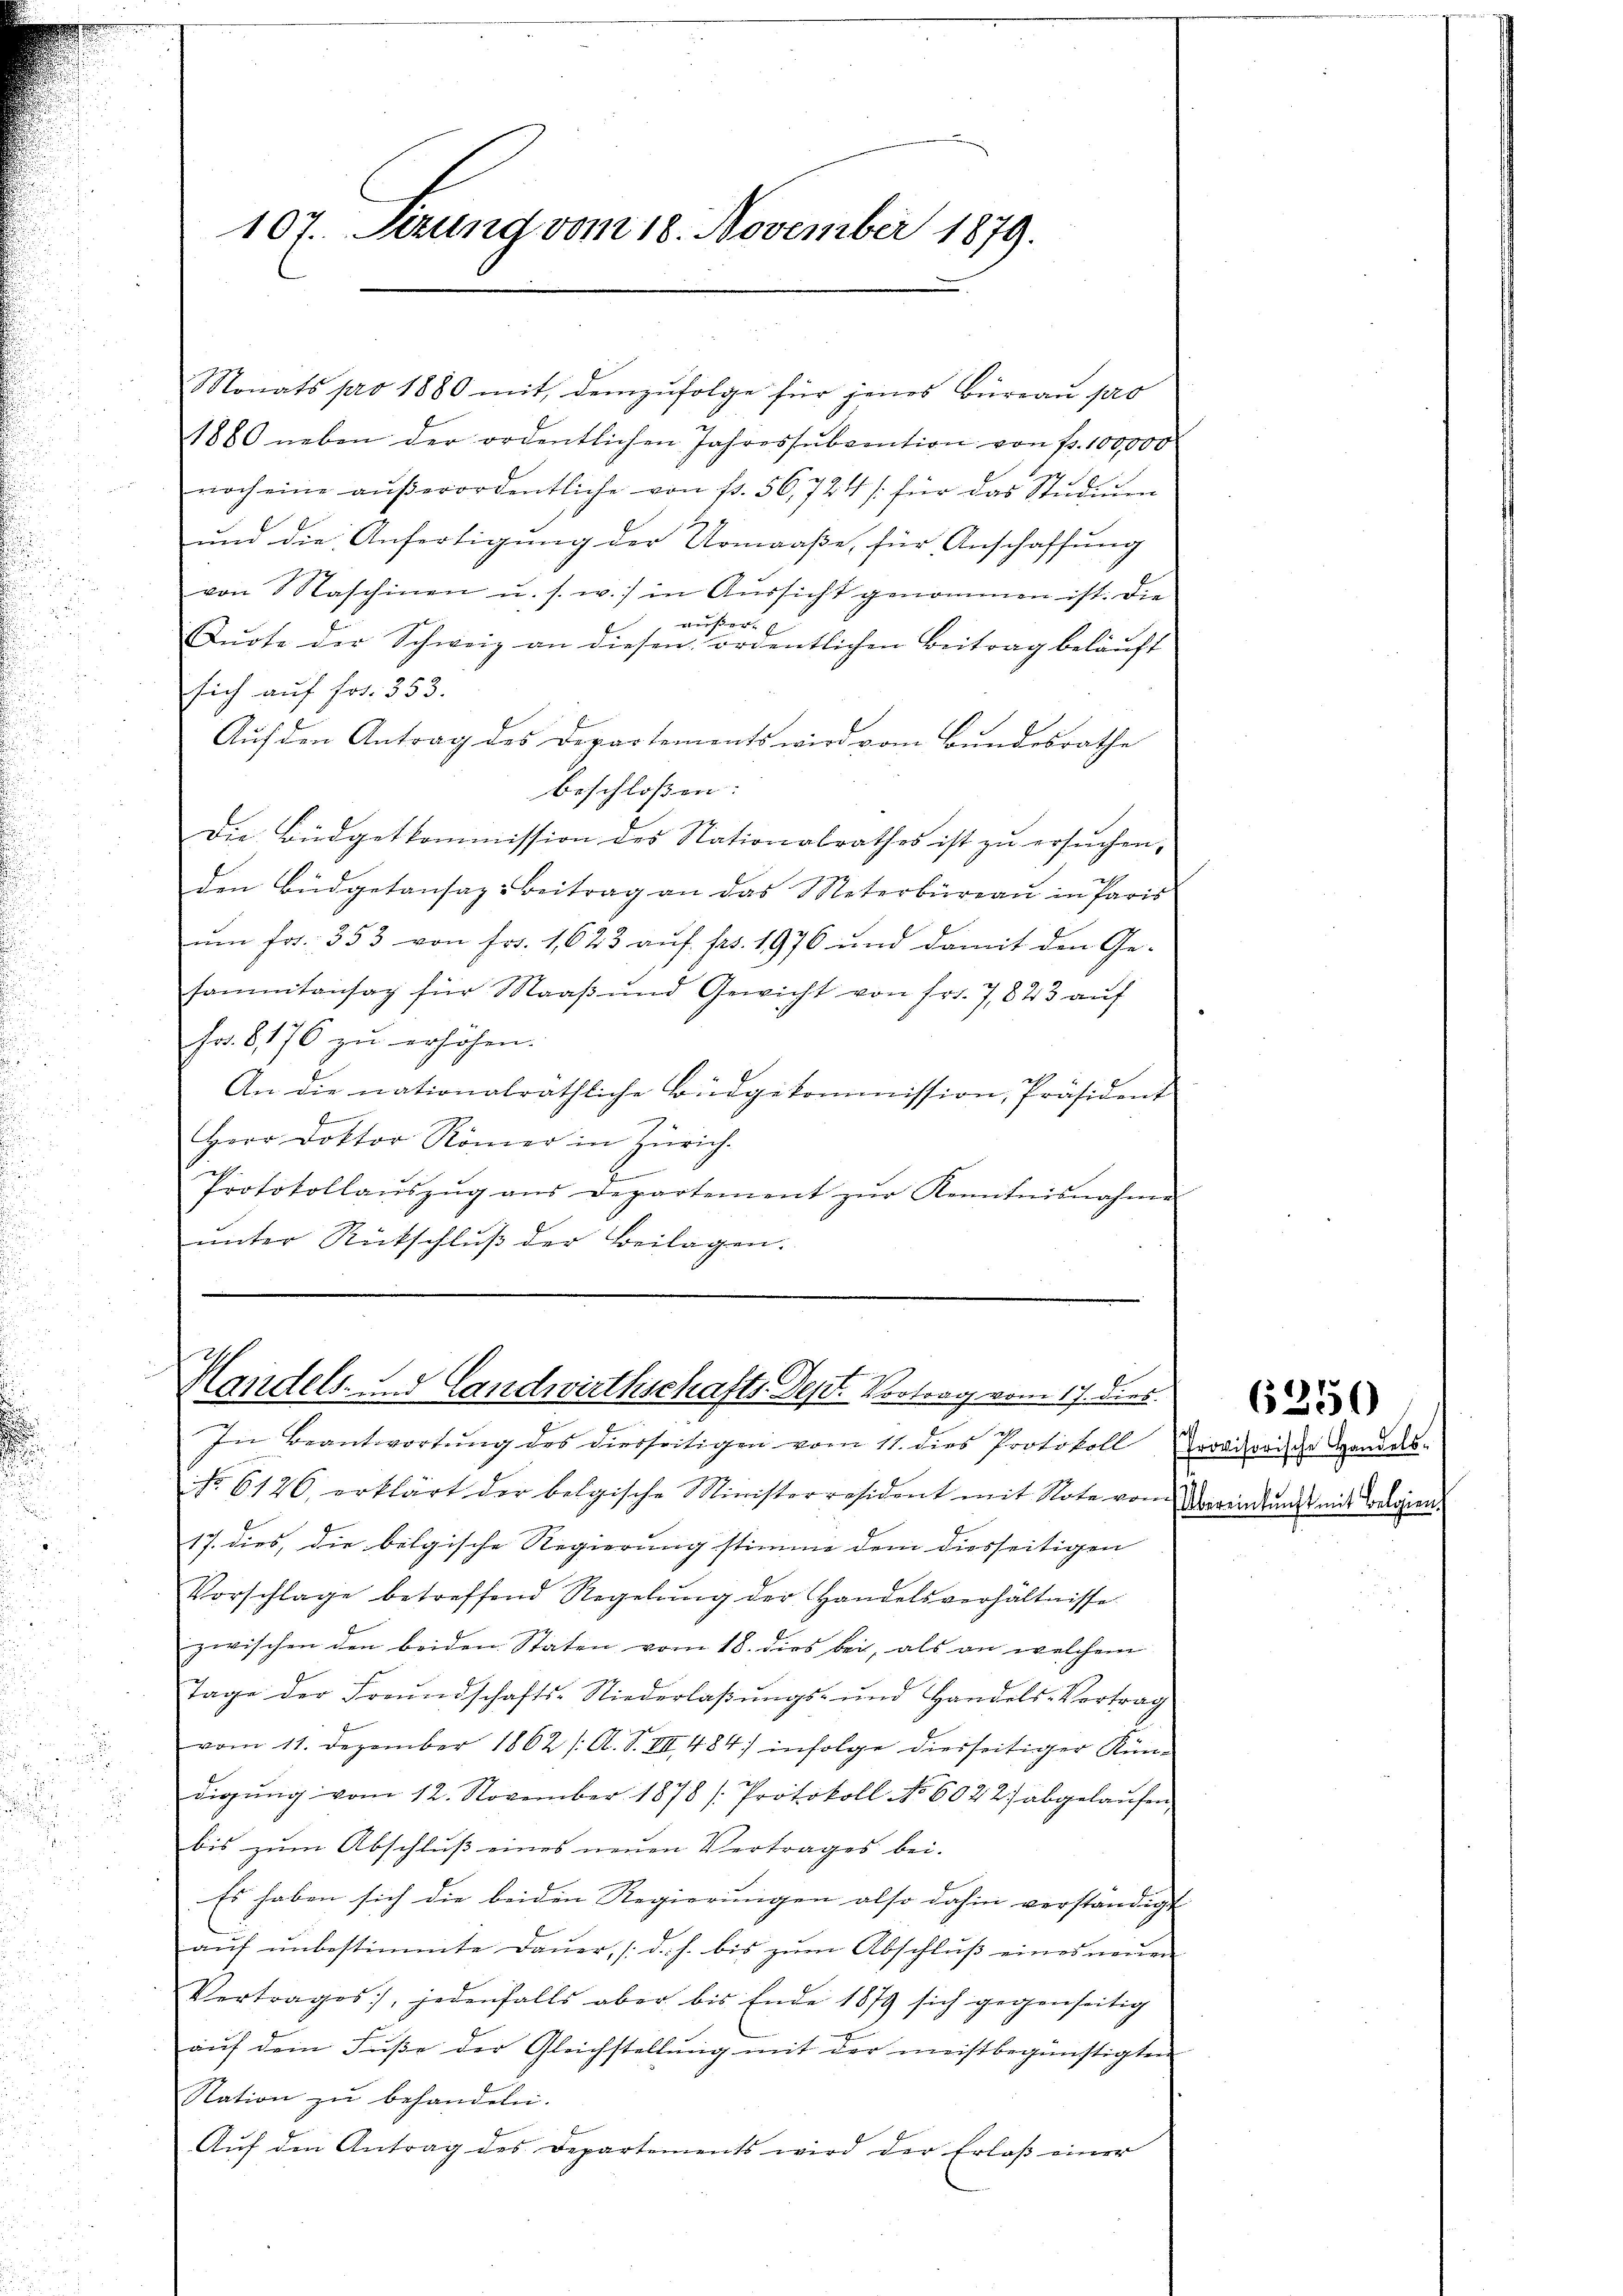
107. Sezung vom 18. November 1879.

Monats pro 1880 mit demzufolge für jenes Büreau pro
1880 neben der ordentlichen Jahressŭbvention von fr. 100,000
noch eine aŭβerordentliche von f. 56, 724 / für das Studium
und die Anfertigung der Urmaaße, für Anschaffung
von Naschinen u. s. w.) in Aŭssicht genommen ist. Die
außer
Sudte der Schweiz an diesen ordentlichen Beitrag beläuft
sich auf Fr. 353.
Auf den Antrag des Departements wird vom Bundesrathe
beschloßen:
Die Büdgetkommission des Nationalrathes ist zu ersuchen,
den Büdgetansaz-Beitrag an das Materbüreaŭ in Paris
um fr. 353 von Fr. 1,623 auf frs. 1976 und damit den Ge-
sammtansag für Maaβ ŭnd Gewicht von fr. 7823 aŭf
Fr. 8, 176 zu erhöhen.
An die nationalräthliche Büdgekommission, Präsident
f
Herr Doktor Römer in Zürich.
Protokollaŭszŭg ans Departement zŭr Kenntnisnahme
ŭnter Rückschlŭβ der Beilagen.

Handels- und Landwirthschafts-Dept. Vortrag vom 17. dies

In Beantwortŭng des diesseitigen vom 11. dies Protokoll Provisorische Handes-
No. 6126 erklärt der belgische Ministerresident mit Note vom Aberindŭngs mit Todessen.
17. dies, die belgische Regierung stimme dem diesseitigen
Vorschlage betreffend Regelŭng der Handelsverhältnisse
zwischen den beiden Staten vom 18. dies bei, als an welchem
Tage der Freundschafts-Niederlaβŭngs- und Handels-Vertrag
vom 11. Dezember 1862 /: A. S. VII 484 infolge diesseitiger Kündigŭng vom 12. November 1878 /Protokoll No 6022) abgelaŭfen
bis zum Abschluß eines neuen Vertrages bei.
Es haben sich die beiden Regierungen also dahin verständigt
auf unbestimmte Dauer, (d. h. bis zum Abschluß eines neuen
Vertrages, jedenfalls aber bis Ende 1879 sich gegenseitig
aŭf dem Fŭβe der Gleichstellŭng mit der meistbegünstigten
Nation zu behandeln.
Aŭf den Antrag des Departements wird der Erlaβ einer

6350